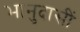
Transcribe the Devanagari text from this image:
भानुदासीं